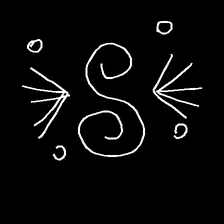
Glyph: aeroform